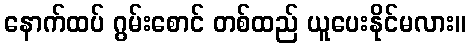
နောက်ထပ် ဂွမ်းစောင် တစ်ထည် ယူပေးနိုင်မလား။